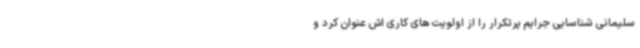
سلیمانی شناسایی جرایم پرتکرار را از اولویت های کاری اش عنوان کرد و